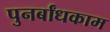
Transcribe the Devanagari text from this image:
पुनर्बांधकाम